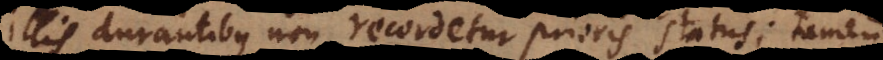
illis durantibus non recordetur prioris status; tamen